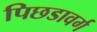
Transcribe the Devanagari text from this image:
पिछडावर्ग